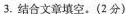
3.结合文章填空。(2分)